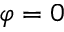
\varphi = 0